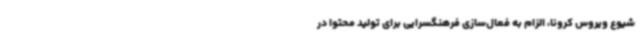
شیوع ویروس کرونا، الزام به فعال‌سازی فرهنگسرایی برای تولید محتوا در